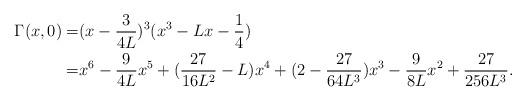
LaTeX: \begin{align*}\Gamma(x,0)=&(x-\frac{3}{4L})^3(x^3-Lx-\frac{1}{4})\\=&x^6-\frac{9}{4L}x^5+(\frac{27}{16L^2}-L)x^4+(2-\frac{27}{64L^3})x^3-\frac{9}{8L}x^2+\frac{27}{256L^3}.\end{align*}